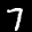
Label: 7